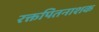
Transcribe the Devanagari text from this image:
रक्तपितनाशक